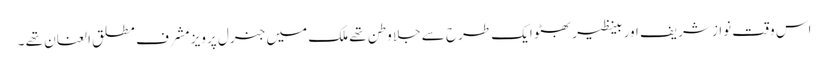
اس وقت نواز شریف اور بینظیر بھٹو ایک طرح سے جلا وطن تھے ملک میں جنرل پرویز مشرف مطلق العنان تھے ۔